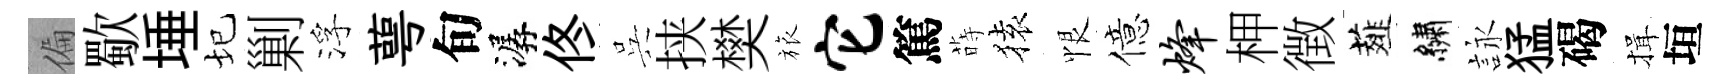
偏歜埵圮剿浮萼旬潺佟呉挟樊旅它篤蒔𫞤恨億烽柙徴薤繡詠猛碣揖垣